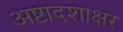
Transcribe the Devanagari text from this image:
अष्टादशाक्षर